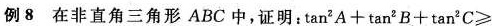
例8 在非直角三角形 ABC中,证明:$$tan ^{2}A+tan^{2}B+tan^{2}C\ge